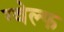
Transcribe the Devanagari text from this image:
ग्वेल्फ